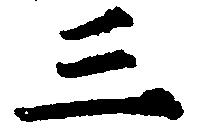
三